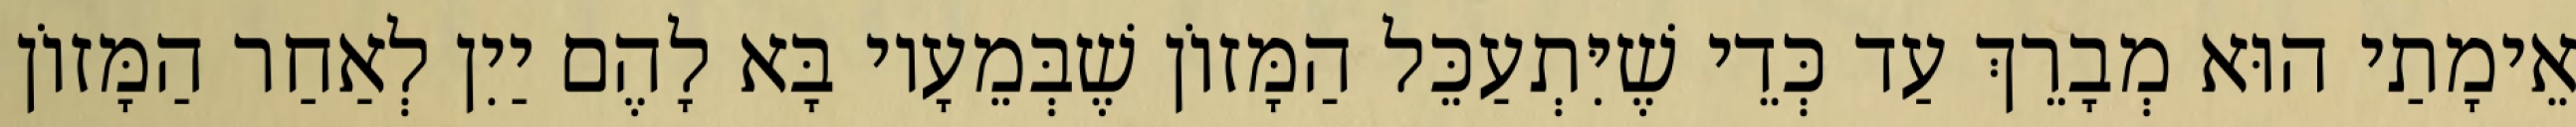
אֵימָתַי הוּא מְבָרֵךְ עַד כְּדֵי שֶׁיִּתְעַכֵּל הַמָּזוֹן שֶׁבְּמֵעָיו בָּא לָהֶם יַיִן לְאַחַר הַמָּזוֹן